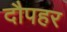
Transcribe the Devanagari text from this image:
दौपहर